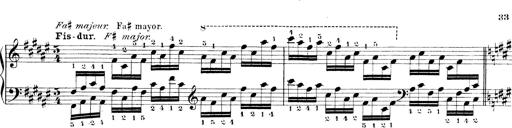
Title: Technische Studien
Composer: Franz Liszt